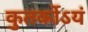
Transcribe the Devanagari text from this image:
कुतर्कोऽयं